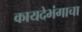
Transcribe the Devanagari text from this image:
कायदेभंगाचा